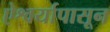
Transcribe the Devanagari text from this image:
ऐश्वर्यापासून